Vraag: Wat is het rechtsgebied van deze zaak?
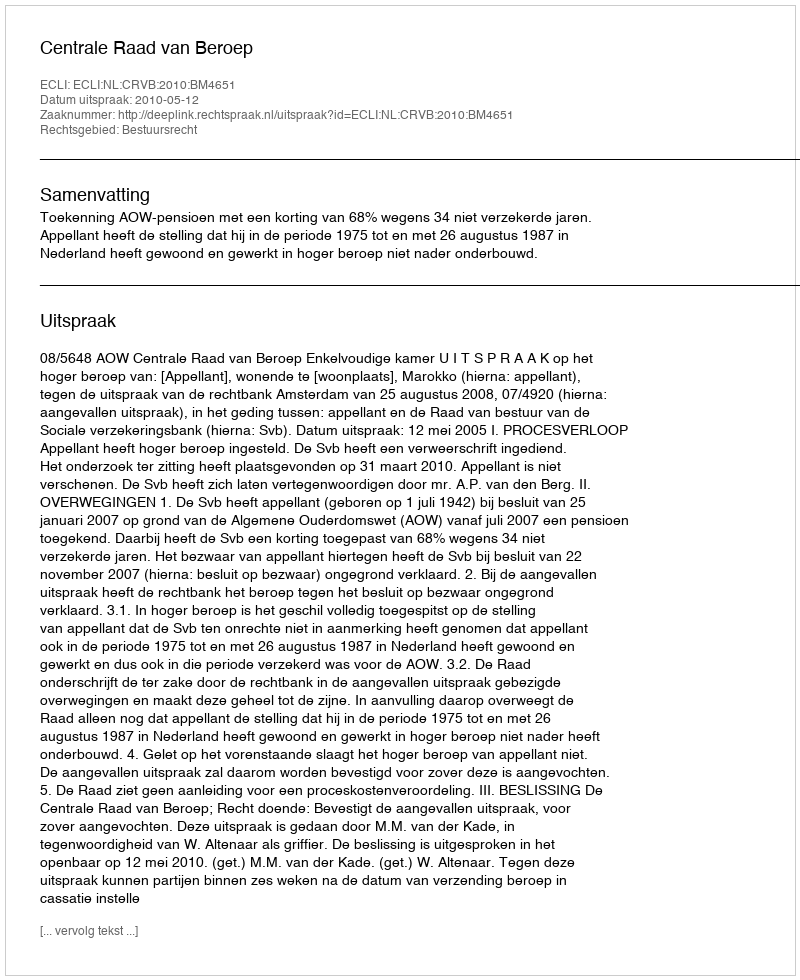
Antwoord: Bestuursrecht